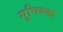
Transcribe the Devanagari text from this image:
सुचिबद्ध